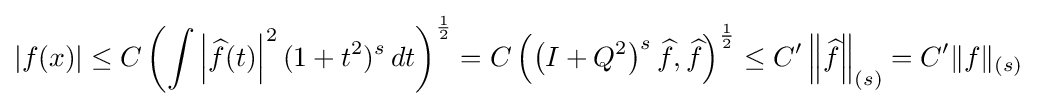
|f(x)|\leq C\left(\int \left|{\widehat {f}}(t)\right|^{2}(1+t^{2})^{s}\,dt\right)^{1 \over 2}=C\left(\left(I+Q^{2}\right)^{s}{\widehat {f}},{\widehat {f}}\right)^{1 \over 2}\leq C'\left\|{\widehat {f}}\right\|_{(s)}=C'\|f\|_{(s)}